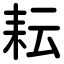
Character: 耘